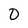
Character: D